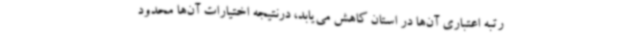
رتبه اعتباری آن‌ها در استان کاهش می‌یابد، درنتیجه اختیارات آن‌ها محدود